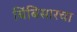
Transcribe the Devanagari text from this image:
बिंबिसारचा